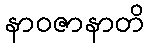
နာဝဇာနာတိ